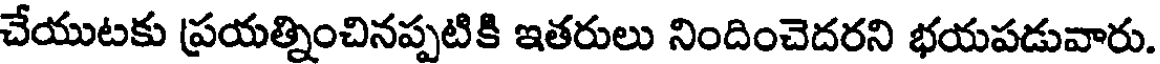
చేయుటకు ప్రయత్నించినప్పటికి ఇతరులు నిందించెదరని భయపడువారు.